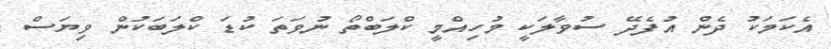
އެކަމަކު ދެން އުފެދޭ ސުވާލަކީ މުހިއްމީ ކްލަބްތޯ ނުވަތަ ކުޑަ ކްލަބަކުން ވިޔަސް